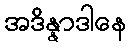
အဒိန္နာဒါနေ